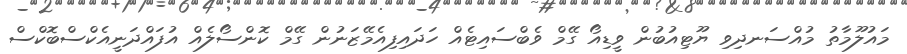
މައުލޫމާތު މުއްސަނދިވި ޔޫޓިއުބުން ވީޑިއޯ ގޭމް ވެބްސައިޓެއް ހަދައިފިއެމޭޒަނުން ގޭމް ކޮންސޯލެއް އުފައްދަނީއެކްސްބޮކްސް